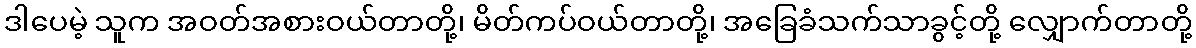
ဒါပေမဲ့ သူက အဝတ်အစားဝယ်တာတို့၊ မိတ်ကပ်ဝယ်တာတို့၊ အခြေခံသက်သာခွင့်တို့ လျှောက်တာတို့